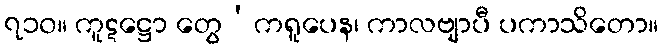
၇၁၀။ ကူဋဋ္ဌော တွေ’ကရူပေန၊ ကာလဗျာပီ ပကာသိတော။